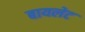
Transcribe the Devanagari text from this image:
बायलेट